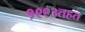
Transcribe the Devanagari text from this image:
१९९३तहत